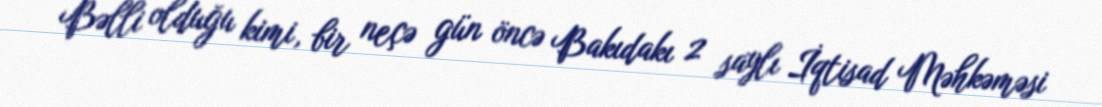
Bəlli olduğu kimi, bir neçə gün öncə Bakıdakı 2 saylı İqtisad Məhkəməsi